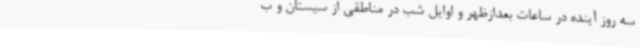
سه روز آینده در ساعات بعدازظهر و اوایل شب در مناطقی از سیستان و ب